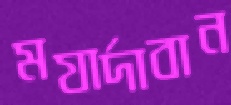
মযার্দাবান